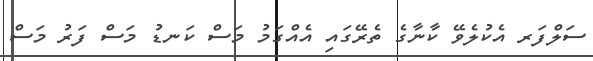
ސަލްފަރ އެކުލެވޭ ކާނާގެ ތެރޭގައި އެއްގަމު މަސް ކަނޑު މަސް ފަރު މަސް